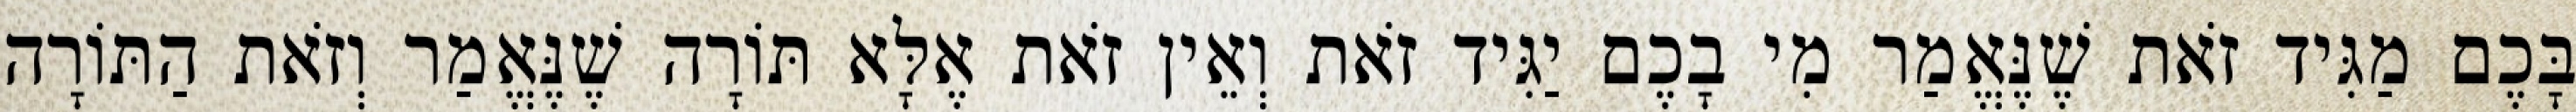
בָּכֶם מַגִּיד זֹאת שֶׁנֶּאֱמַר מִי בָכֶם יַגִּיד זֹאת וְאֵין זֹאת אֶלָּא תּוֹרָה שֶׁנֶּאֱמַר וְזֹאת הַתּוֹרָה